Report of the Indian Hemp Drugs Commission, 1894-1895 - Volume V
Year: 1894
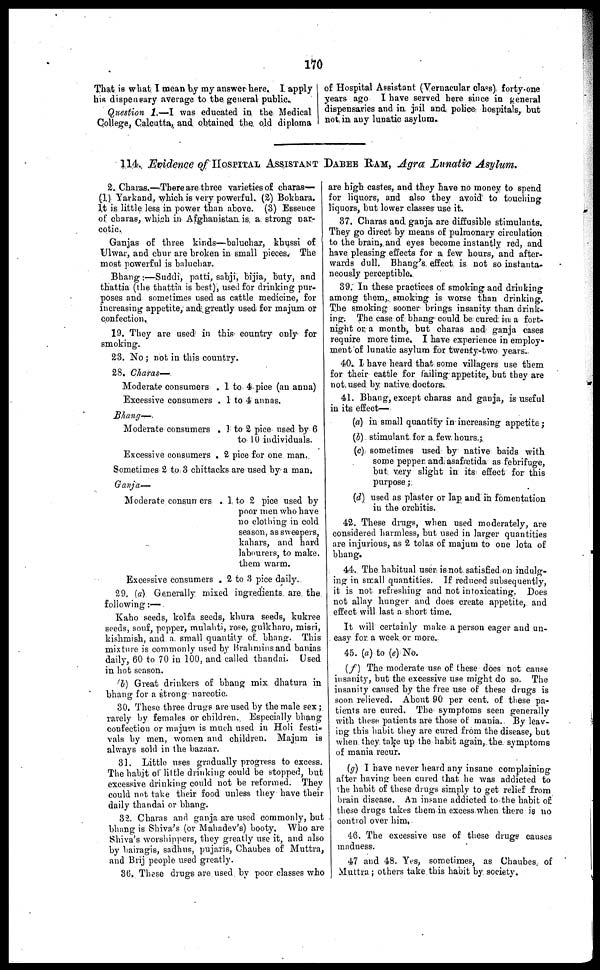
170
That is what I mean by my answer here. I apply
his dispensary average to the general public.
Question 1.—I was educated in the Medical
College, Calcutta, and obtained the old diploma
of Hospital Assistant (Vernacular class) forty-one
years ago I have served here since in general
dispensaries and in jail and police hospitals, but
not in any lunatic asylum.
114. Evidence of HOSPITAL ASSISTANT DABEE HAM, Agra Lunatic Asylum.
2. Charas.—There are three varieties of charas—
(1.) Yarkand, which is very powerful. (2) Bokhara.
It is little less in power than above. (3) Essence
of charas, which in Afghanistan is a strong nar-
cotic.
Ganjas of three kinds—baluchar, khussi of
Ulwar, and chur are broken in small pieces. The
most powerful is baluchar.
Bhang:—Suddi, patti, sabji, bijia, buty, and
thattia (the thattia is best), used for drinking pur-
poses and sometimes used as cattle medicine, for
increasing appetite, and greatly used for majum or
confection.
19. They are used in this country only for
smoking.
23. No; not in this country.
28. Charas—
Moderate consumers.
Excessive consumers.
Bhang—
Moderate consumers.
Excessive consumers.
1 to 4 pice (an anna)
1 to 4 annas.
1 to 2 pice used by 6
to 10 individuals.
2 pice for one man.
Sometimes 2 to. 3 chittacks are used by a man.
Ganja—
Moderate consumers.
Excessive consumers.
1 to 2 pice used by
poor men who have
no clothing in cold
season, as sweepers,
kahars, and hard
labourers, to make.
them warm.
2 to 3 pice daily.
29. (a) Generally mixed ingredients are the
following:—
Kaho seeds, kolfa seeds, khura seeds, kukree
seeds, sonf, pepper, mulahti, rose, gulkharo, misri,
kishmish, and a small quantity of bhang. This
mixture is commonly used by Brahmins and banias
daily, 60 to 70 in 100, and called thandai. Used
in hot season.
(b) Great drinkers of bhang mix dhatura in
bhang for a strong narcotic.
30. These three drugs are used by the male sex;
rarely by females or children. Especially bhang
confection or majum is much used in Holi festi-
vals by men, women and children. Majum is
always sold in the bazaar.
31. Little uses gradually progress to excess.
The habit of little drinking could be stopped, but
excessive drinking could not be reformed. They
could not take their food unless they have their
daily thandai or bhang.
32. Charas and ganja are used commonly, but
bhang is Shiva's (or Mahadev's) booty. Who are
Shiva's worshippers, they greatly use it, and also
by bairagis, sadhus, pujaris, Chaubes of Muttra,
and Brij people used greatly.
36. These drugs are used by poor classes who
are high castes, and they have no money to spend
for liquors, and also they avoid to touching
liquors, but lower classes use it.
37. Charas and ganja are diffusible stimulants.
They go direct by means of pulmonary circulation
to the brain, and eyes become instantly red, and
have pleasing effects for a few hours, and after-
wards dull. Bhang's, effect is not so instanta-
neously perceptible.
39. In these practices of smoking and drinking
among them, smoking is worse than drinking.
The smoking sooner brings insanity than drink-
ing. The case of bhang could be cured in a fort-
night or a month, but charas and ganja eases
require more time. I have experience in employ-
ment of lunatic asylum for twenty-two years.
40. I have heard that some villagers use them
for their cattle for failing appetite, but they are
not used by native doctors.
41. Bhang, except charas and ganja, is useful
in its effect—
(a) in small quantity in increasing appetite;
(b) stimulant for a few hours;
(c) sometimes used by native baids with
some pepper and asafœtida as febrifuge,
but very slight in its effect for this
purpose;
(d) used as plaster or lap and in fomentation
in the orchitis.
42. These drugs, when used moderately, are
considered harmless, but used in larger quantities
are injurious, as 2 tolas of majum to one lota of
bhang.
44. The habitual user is not satisfied on indulg-
ing in small quantities. If reduced subsequently,
it is not refreshing and not intoxicating. Does
not allay hunger and does create appetite, and
effect will last a short time.
It will certainly make a person eager and un-
easy for a week or more.
45. (a) to (e) No.
(f) The moderate use of these does not cause
insanity, but the excessive use might do so. The
insanity caused by the free use of these drugs is
soon relieved. About 90 per cent. of these pa-
tients are cured. The symptoms seen generally
with these patients are those of mania. By leav-
ing this habit they are cured from the disease, but
when they take up the habit again, the symptoms
of mania recur.
(g) I have never heard any insane complaining
after having been cured that he was addicted to
the habit of these drugs simply to get relief from
brain disease. An insane addicted to the habit of
these drugs takes them in excess when there is no
control over him,
46. The excessive use of these drugs causes
madness.
47 and 48. Yes, sometimes, as Chaubes of
Muttra; others take this habit by society.